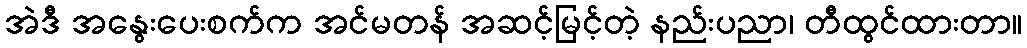
အဲဒီ အနွေးပေးစက်က အင်မတန် အဆင့်မြင့်တဲ့ နည်းပညာ၊ တီထွင်ထားတာ။